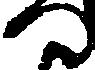
つ